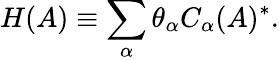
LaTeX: H(A)\equiv\sum_{\alpha}\theta_{\alpha}C_{\alpha}(A)^{*}.